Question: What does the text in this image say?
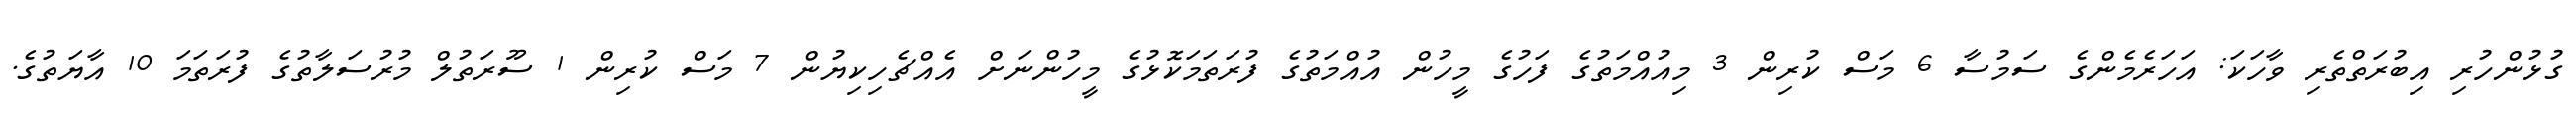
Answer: ގުޅުންހުރި އިބުރަތްތެރި ވާހަކަ: އަހަރެމެންގެ ސަމުސާ 6 މަސް ކުރިން 3 މިއުއްމަތުގެ ފަހުގެ މީހުން އުއްމަތުގެ ފުރަތަމަކޮޅުގެ މީހުންނަށް އެއްޗެހިކިޔުން 7 މަސް ކުރިން 1 ސޫރަތުލް މުރުސަލާތުގެ ފުރަތަމަ 10 އާޔަތުގެ.